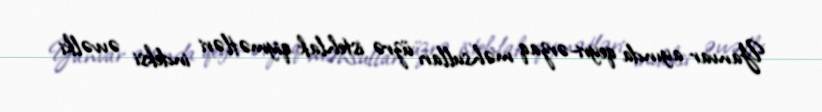
Yanvar ayında qeyri-ərzaq məhsulları üzrə istehlak qiymətləri indeksi əvvəlki